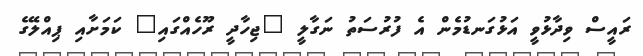
ރައީސް ވިދާޅުވީ އަޅުގަނޑުމެން އެ ފުރުސަތު ނަގާލީ "ޖިހާދީ ރޫހެއްގައި" ކަމަށާއި ޕިއްލޭގެ